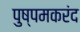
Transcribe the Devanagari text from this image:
पुष्पमकरंद